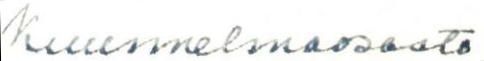
Kuunnelmaosasto